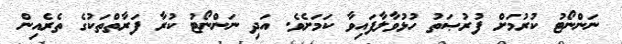
ނަންނޯޓު ކުރުމަށް ފުރުޞަތު ހުޅުވާލާފައިވާ ކަމަށެވެ. އަދި ނަންނޯޓު ކުރާ ފަރާތްތަކުގެ ތެރެއިން